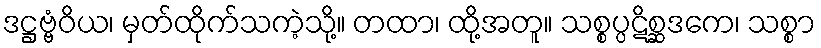
ဒဋ္ဌဗ္ဗံဝိယ၊ မှတ်ထိုက်သကဲ့သို့။ တထာ၊ ထို့အတူ။ သစ္စပ္ပဋိစ္ဆဒကေ၊ သစ္စာ